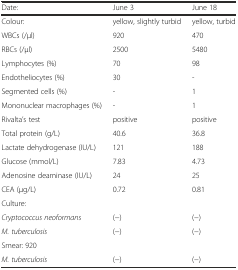
<table><thead><tr><td><b>Date:</b></td><td><b>June 3</b></td><td><b>June 18</b></td></tr></thead><tbody><tr><td>Colour:</td><td>yellow, slightly turbid</td><td>yellow, turbid</td></tr><tr><td>WBCs (/μl)</td><td>920</td><td>470</td></tr><tr><td>RBCs (/μl)</td><td>2500</td><td>5480</td></tr><tr><td>Lymphocytes (%)</td><td>70</td><td>98</td></tr><tr><td>Endotheliocytes (%)</td><td>30</td><td>-</td></tr><tr><td>Segmented cells (%)</td><td>-</td><td>1</td></tr><tr><td>Mononuclear macrophages (%)</td><td>-</td><td>1</td></tr><tr><td>Rivalta’s test</td><td>positive</td><td>positive</td></tr><tr><td>Total protein (g/L)</td><td>40.6</td><td>36.8</td></tr><tr><td>Lactate dehydrogenase (IU/L)</td><td>121</td><td>188</td></tr><tr><td>Glucose (mmol/L)</td><td>7.83</td><td>4.73</td></tr><tr><td>Adenosine deaminase (IU/L)</td><td>24</td><td>25</td></tr><tr><td>CEA (μg/L)</td><td>0.72</td><td>0.81</td></tr><tr><td>Culture:</td><td></td><td></td></tr><tr><td><i>Cryptococcus neoformans</i></td><td>(−)</td><td>(−)</td></tr><tr><td><i>M. tuberculosis</i></td><td>(−)</td><td>(−)</td></tr><tr><td>Smear: 920</td><td></td><td></td></tr><tr><td><i>M. tuberculosis</i></td><td>(−)</td><td>(−)</td></tr></tbody></table>